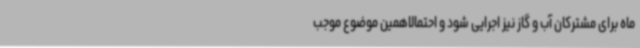
ماه برای مشترکان آب و گاز نیز اجرایی شود و احتمالاهمین موضوع موجب